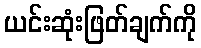
ယင်းဆုံးဖြတ်ချက်ကို